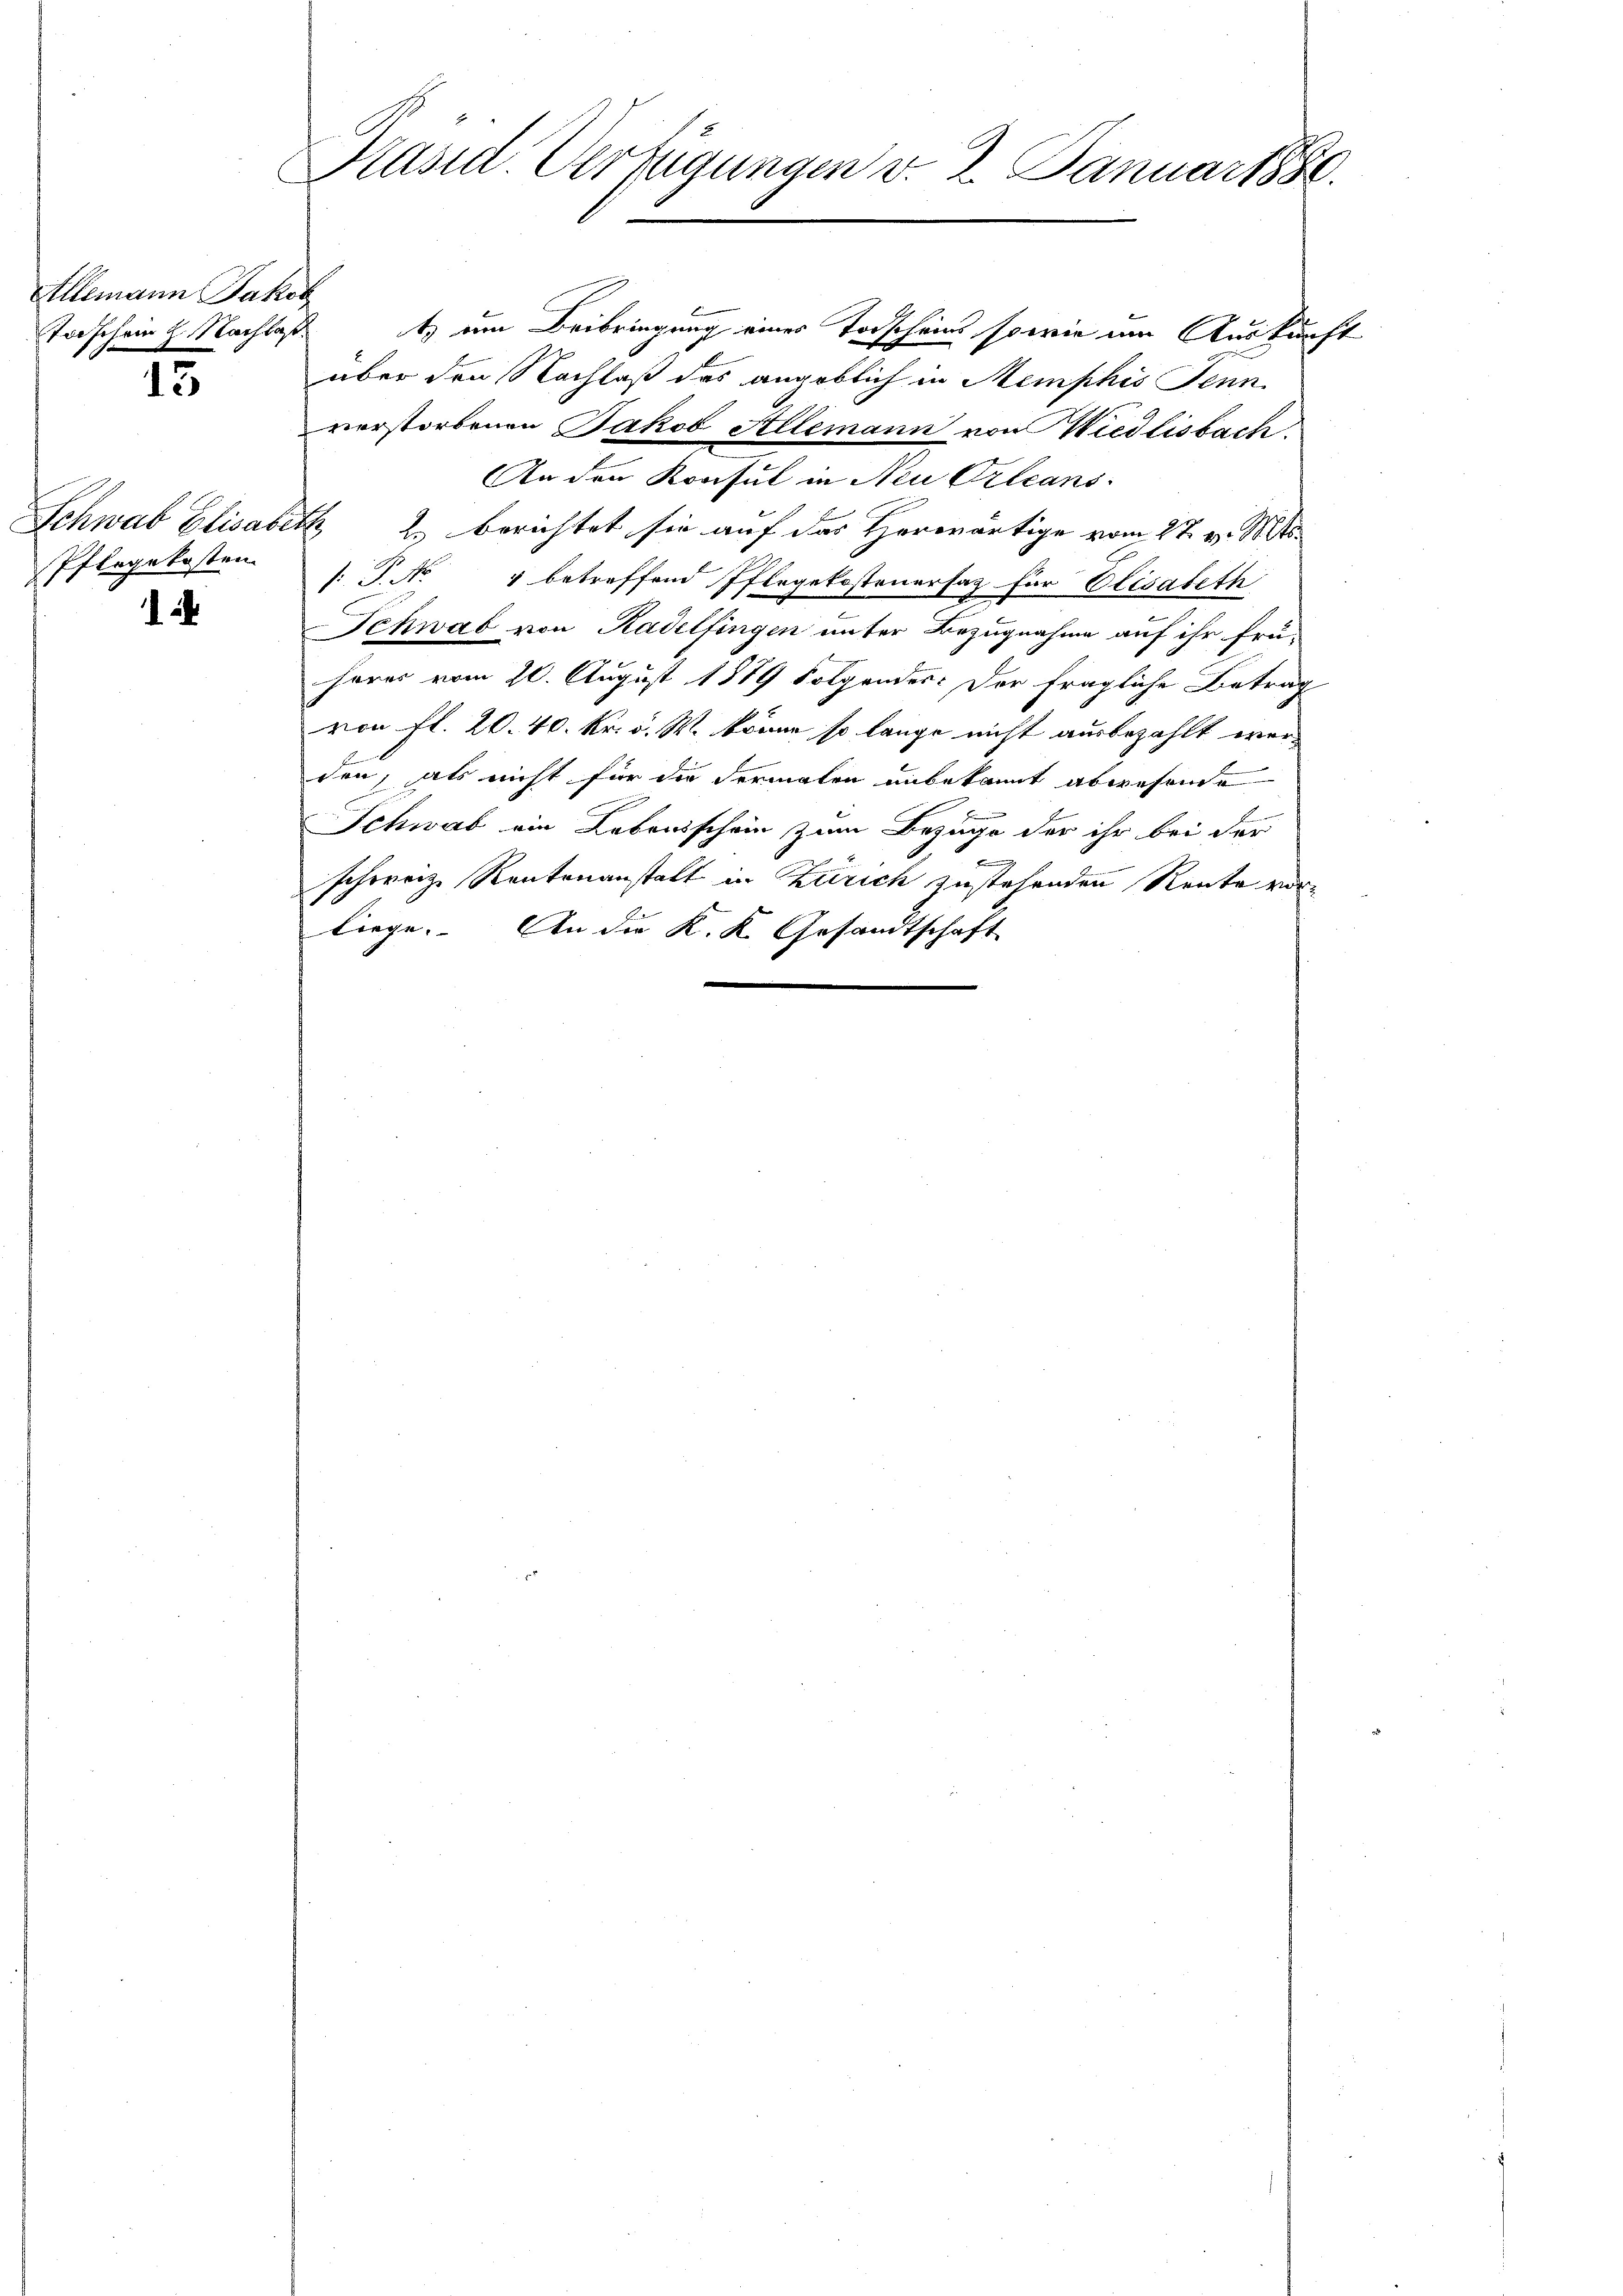
kammenen Partet
Taschein H. Nachlas
15.

Schwab Elisaben
Pflegekosten.
.

9
Präsid. Verfügungen v. 2. Januar 1880.

¬

t) am Beibringung einer Todscheins sowie im Auskunft
über den Nachlaß das angeblich in Memphis Jenn
verstorbenen Jakob Allemann von Wiedlisbach
An den Konsul in Neu Orleans
& 2. berichtet sie auf das Horwärtige vom 27. v. Mts.
: J. No 4 betreffend Pflegekostenersaz für Elisabeth
Schwab von Kadelfingen unter Bezugnahme auf ihr frü-
hores vom 20. August 1879 folgendes: Der fragliche Betrag
von fl. 20. 40. Kr. v. M. könne, so lange nicht ausbezahlt werden, als nicht für die dermalen unbekannt abwesende
Schwab ein Lebensschein zum Bezuge der ihr bei der
b
schweiz. Rentenanstalt in Zürich zustehenden Rente vorliege. An die K. K. Gesandtschaft